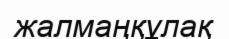
жалмаңқұлақ